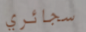
سجائري